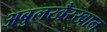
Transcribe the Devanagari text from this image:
अबुलखैरखान